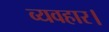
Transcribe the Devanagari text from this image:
व्‍यवहार।